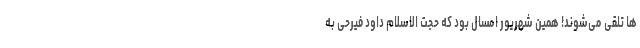
ها تلقی می‌شوند! همین شهریور امسال بود که حجت الاسلام داود فیرحی به